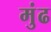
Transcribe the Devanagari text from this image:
मुंढ